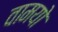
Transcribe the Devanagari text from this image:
वामयो